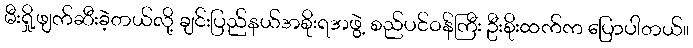
မီးရှို့ဖျက်ဆီးခဲ့တယ်လို့ ချင်းပြည်နယ်အစိုးရအဖွဲ့ စည်ပင်ဝန်ကြီး ဦးစိုးထက်က ပြောပါတယ်။